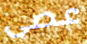
عصى